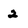
Character: 2